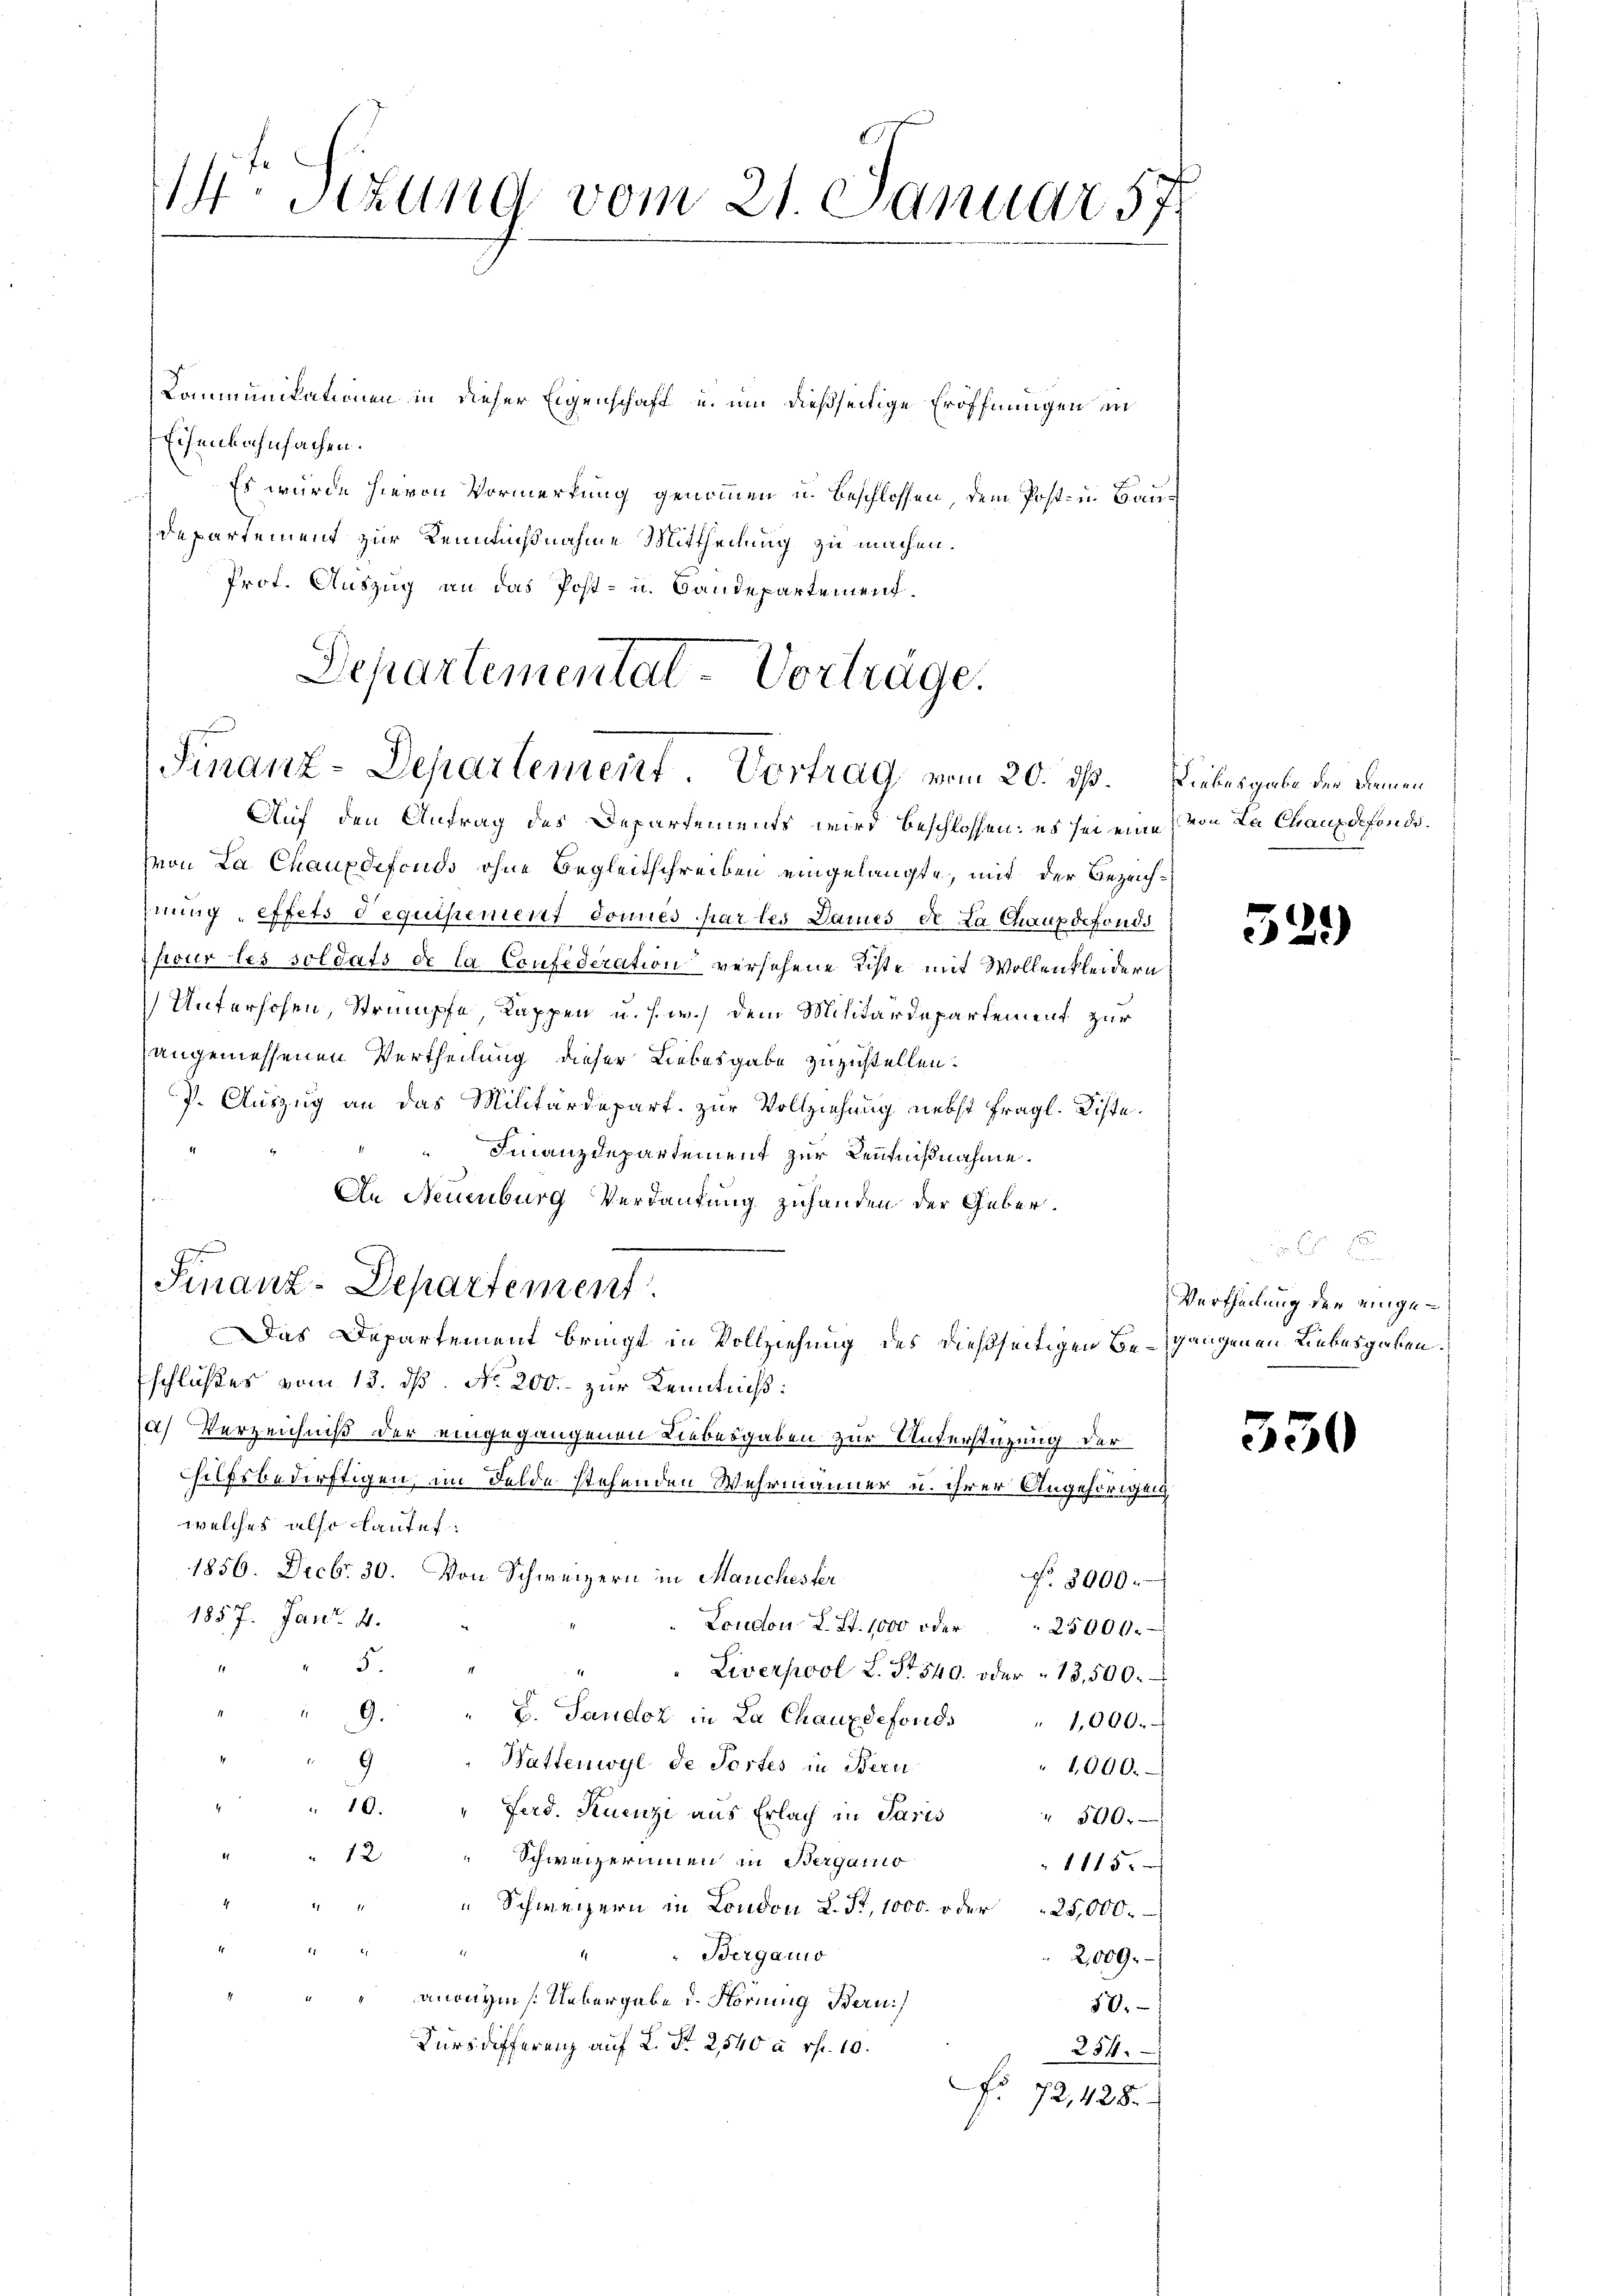
Stzung vom 21. Januar 57

Kommunikationen in dieser Eigenschaft u. um dießseitige Eröffnungen in
Eisenbahnfachen.
Es wurde hievon Vormerkung genommen u. Beschlossen, dem Post- u. Bau¬
Departement zur Kennißnahme Mittheilung zu machen.
Prof. Auszug an das Post- u. Bandepartement.

Departemental Vorträge.
Finanz-Departement. Vortrag vom 20. ds.

Finanz-Departement

Auf den Antrag des Departements wird beschlossen: es sei eine von La Chauxdefondivon La Chauxdefonds ohne Begleitschreiben eingelangte, mit der Bezeichhnung effets dequisement donnés par les Dames de La Chauxdefonds
four les soldats de la Confideration versehene Riste mit Wollenkleidern
Unterhohen, Strumpfe Kappen u. s. w.) dem Militärdepartement zur
angemessenen Vertheilung dieser Liebesgabe zuzustellen.
7. Auszug an das Militärdepart. zur Vollziehung nebst fragl. Kiste.
Finanzdepartement zur Kenntnißnahme.
An Neuenburg Verdankung zuhanden der Geber¬
Das Departement bringt in Vollziehung des dießseitigen Begangenen Liebesgaben.
schlußes vom 13. dß. No. 200. zur Kenntniß:
a) Verzeichniß der eingegangenen Liebesgaben zur Unterstüzung der
hilfsbedürftigen, im Felde stehenden Wehrmanner u. ihrer Angehörigung
welches also lautet:
1856. Decbr. 30. Von Schweizern in Manchesterf. 3000.
1857. Janr. 4.
Loudon L. St. 1000 oder
25000.
5
" Liverpool L. S. 540. oder 13,500.
" 9. " G. Sandoz in La Chauxdefonds " 1,000.
9
Wattenwyl de Tortes in Bern
2000.
.
10.
"Ferd. Kuenzi aus Erlach in Paris " 500.
.
12. " Schweizerinnen in Berganis
1115.
Schweizern in London L. St. 1000 oder 25,000.
.
" Berganis
1
2,009.
anonym /: Uebergabe d. Hornung Bern
50.
Kursdifferenz auf L. Nr. 2540 à rf. 10.
254.
No 72,428.

Liebesgabe der Diemen

52.)

Vertheilung der einge¬

350